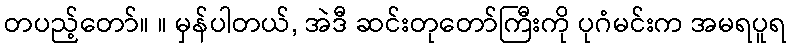
တပည့်တော်။ ။ မှန်ပါတယ်, အဲဒီ ဆင်းတုတော်ကြီးကို ပုဂံမင်းက အမရပူရ